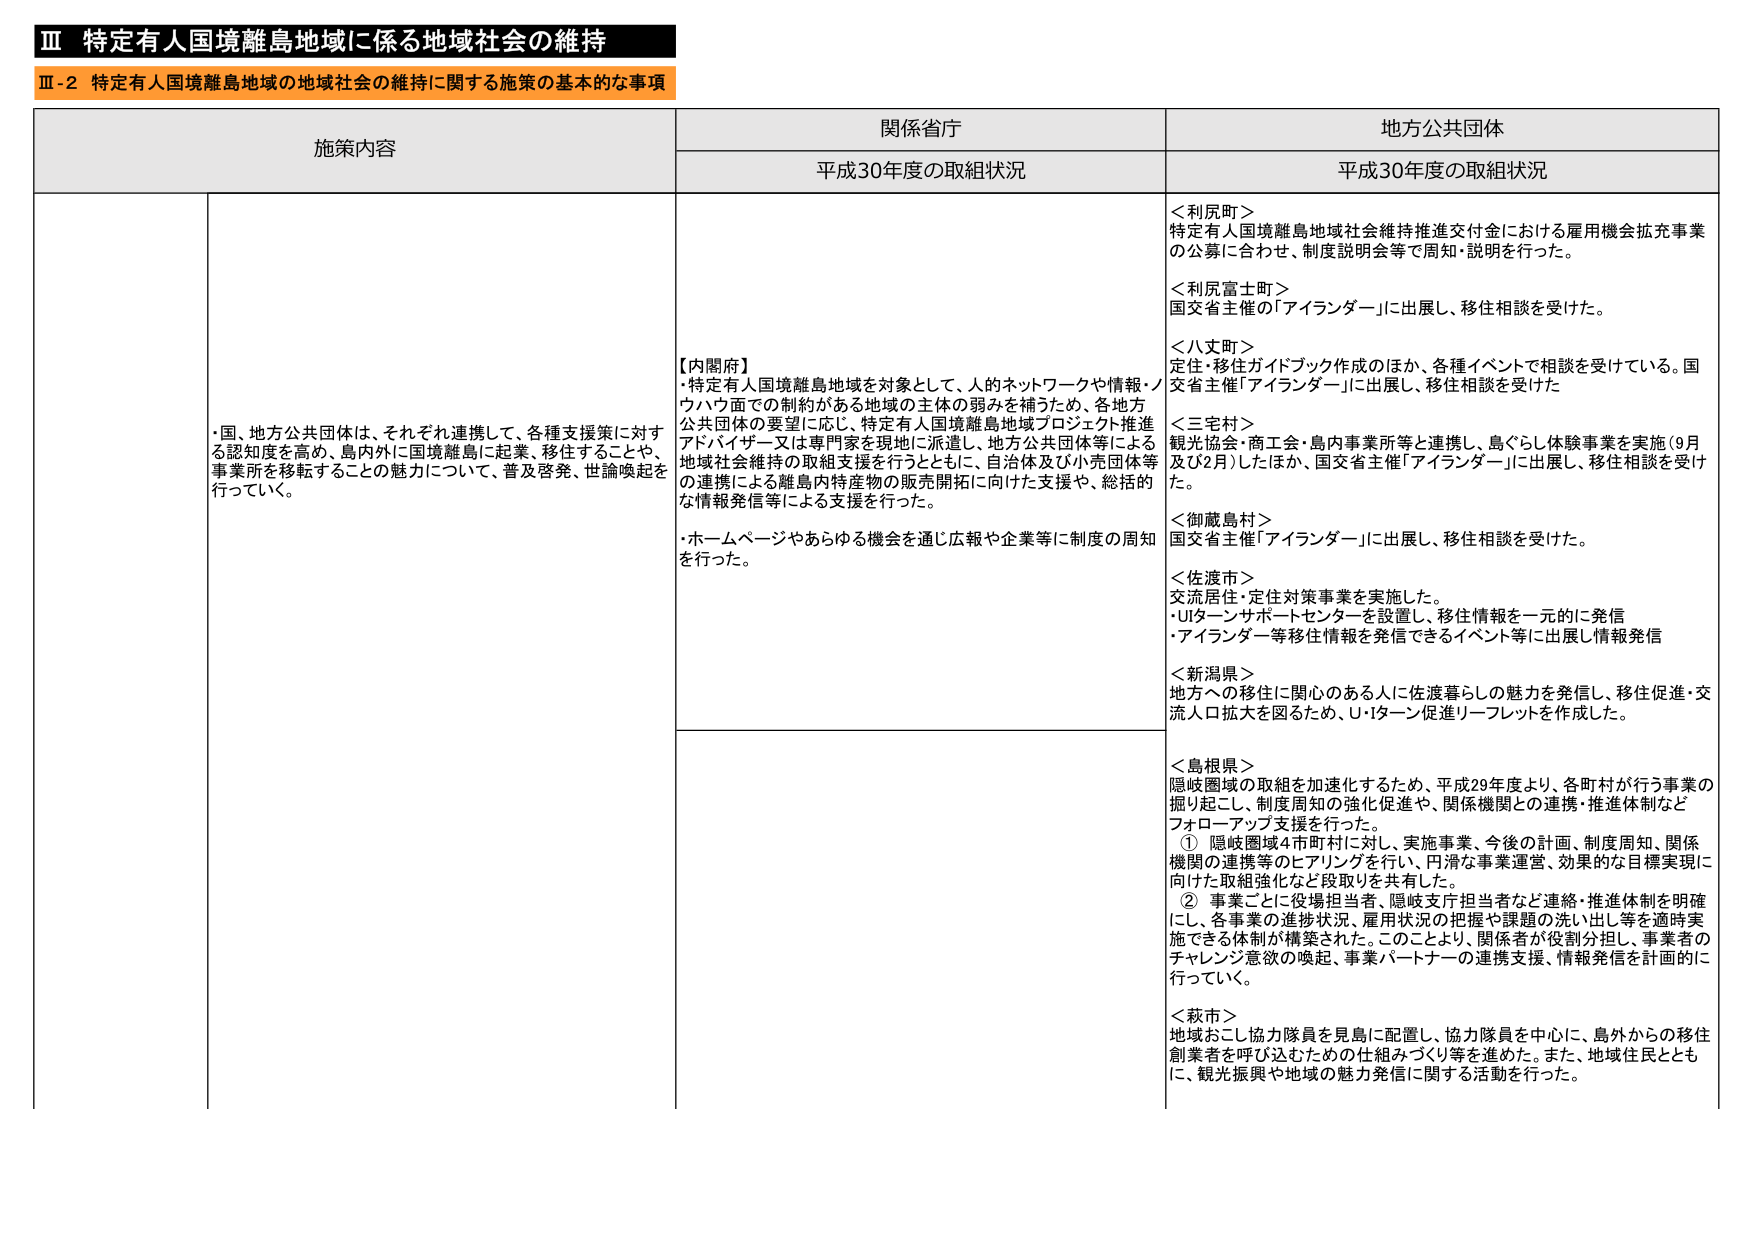
Ⅲ 特定有人国境離島地域に係る地域社会の維持
Ⅲ-2 特定有人国境離島地域の地域社会の維持に関する施策の基本的な事項

施策内容
関係省庁
地方公共団体

平成30年度の取組状況
平成30年度の取組状況

・国、地方公共団体は、それぞれ連携して、各種支援策に対する認知度を高め、島内外に国境離島に起業、移住することや、事業所を移転することの魅力について、普及啓発、世論喚起を行っていく。

【内閣府】
・特定有人国境離島地域を対象として、人的ネットワークや情報・ノウハウ面での制約がある地域の主体の弱みを補うため、各地方公共団体の要望に応じ、特定有人国境離島地域プロジェクト推進アドバイザー又は専門家を現地に派遣し、地方公共団体等による地域社会維持の取組支援を行うとともに、自治体及び小売団体等の連携による離島内特産物の販売開拓に向けた支援や、総括的な情報発信等による支援を行った。
・ホームページやあらゆる機会を通じ広報や企業等に制度の周知を行った。

＜利尻町＞
特定有人国境離島地域社会維持推進交付金における雇用機会拡充事業の公募に合わせ、制度説明会等で周知・説明を行った。

＜利尻富士町＞
国交省主催の「アイランダー」に出展し、移住相談を受けた。

＜八丈町＞
定住・移住ガイドブック作成のほか、各種イベントで相談を受けている。国交省主催「アイランダー」に出展し、移住相談を受けた

＜三宅村＞
観光協会・商工会・島内事業所等と連携し、島ぐらし体験事業を実施（9月及び2月）したほか、国交省主催「アイランダー」に出展し、移住相談を受けた。

＜御蔵島村＞
国交省主催「アイランダー」に出展し、移住相談を受けた。

＜佐渡市＞
交流居住・定住対策事業を実施した。
・UIターンサポートセンターを設置し、移住情報を一元的に発信
・アイランダー等移住情報を発信できるイベント等に出展し情報発信

＜新潟県＞
地方への移住に関心のある人に佐渡暮らしの魅力を発信し、移住促進・交流人口拡大を図るため、U・Iターン促進リーフレットを作成した。

＜島根県＞
隠岐圏域の取組を加速化するため、平成29年度より、各町村が行う事業の掘り起こし、制度周知の強化促進や、関係機関との連携・推進体制などフォローアップ支援を行った。
① 隠岐圏域4市町村に対し、実施事業、今後の計画、制度周知、関係機関の連携等のヒアリングを行い、円滑な事業運営、効果的な目標実現に向けた取組強化など段取りを共有した。
② 事業ごとに役場担当者、隠岐支庁担当者など連絡・推進体制を明確にし、各事業の進捗状況、雇用状況の把握や課題の洗い出し等を適時実施できる体制が構築された。このことにより、関係者が役割分担し、事業者のチャレンジ意欲の喚起、事業パートナーの連携支援、情報発信を計画的に行っていく。

＜萩市＞
地域おこし協力隊員を見島に配置し、協力隊員を中心に、島外からの移住創業者を呼び込むための仕組みづくり等を進めた。また、地域住民とともに、観光振興や地域の魅力発信に関する活動を行った。